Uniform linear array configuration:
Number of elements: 64
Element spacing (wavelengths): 1
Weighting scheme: uniform
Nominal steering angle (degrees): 30
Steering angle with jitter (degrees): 31.91
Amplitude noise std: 0.05
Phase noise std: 0.05

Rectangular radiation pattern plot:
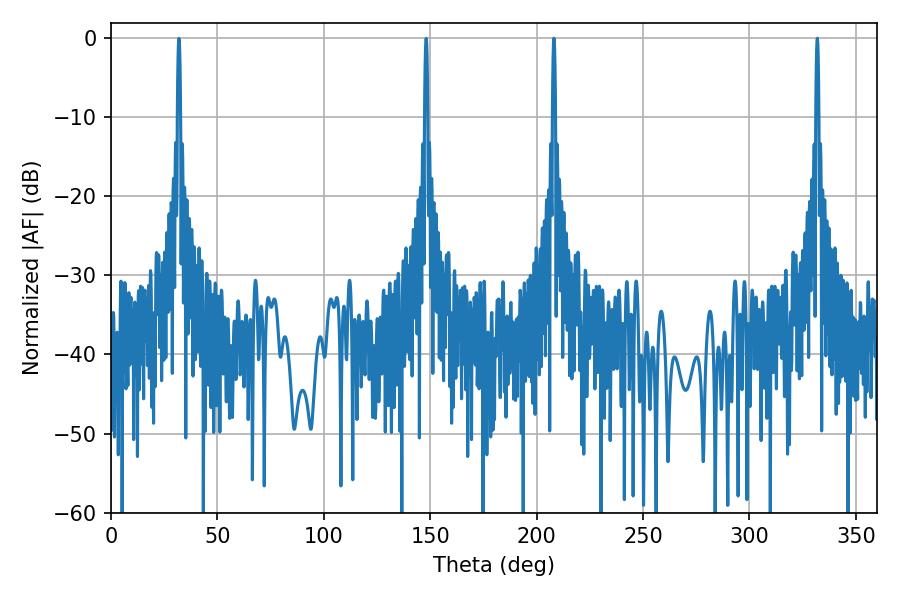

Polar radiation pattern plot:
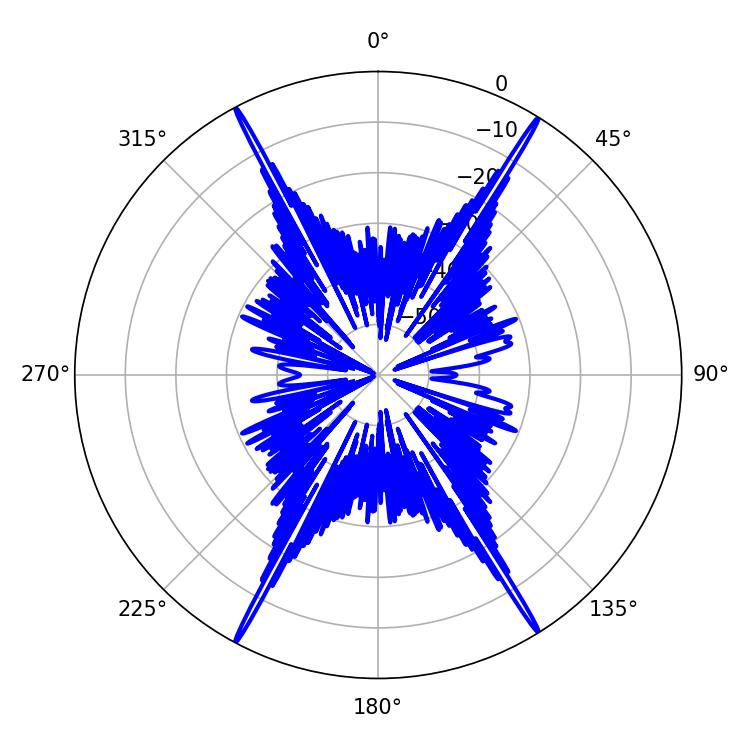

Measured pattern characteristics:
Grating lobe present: TRUE
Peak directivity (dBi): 28.594
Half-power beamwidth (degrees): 0.72
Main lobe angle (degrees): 208.08